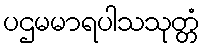
ပဌမမာရပါသသုတ္တံ